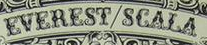
EVEREST/SCALA